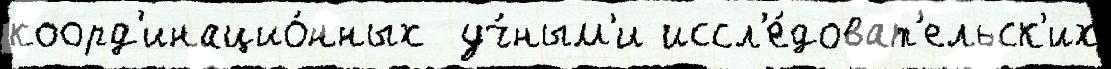
коорд'инацио́нных  уч́ным'и иссл'е́доват'ельск'их